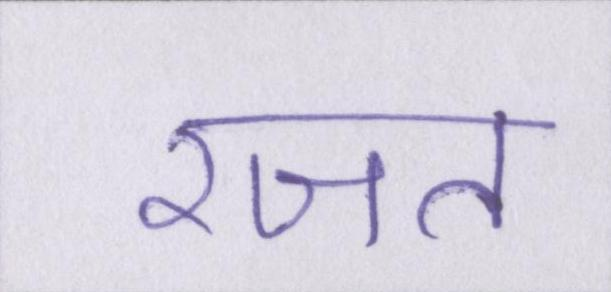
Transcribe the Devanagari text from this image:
रजत